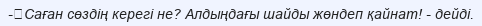
-	Саған сөздің керегі не? Алдыңдағы шайды жөндеп қайнат! - дейді.